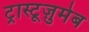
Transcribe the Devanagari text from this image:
ट्रास्टूज़ुमेब